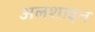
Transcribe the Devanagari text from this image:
अलशाइन